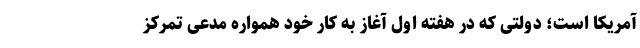
آمریکا است؛ دولتی که در هفته اول آغاز به کار خود همواره مدعی تمرکز